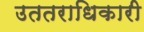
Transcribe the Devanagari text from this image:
उततराधिकारी